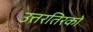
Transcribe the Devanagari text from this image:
उत्तरतिरको